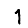
Digit: 1